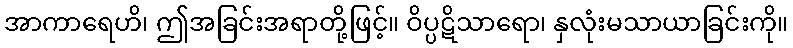
အာကာရေဟိ၊ ဤအခြင်းအရာတို့ဖြင့်။ ဝိပ္ပဋိသာရော၊ နှလုံးမသာယာခြင်းကို။